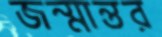
জন্মান্তর